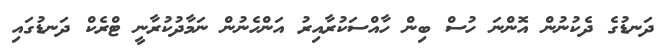
ދަނޑުގެ ދެކުނުން އޮންނަ ހުސް ބިން ހާއްސަކުރާއިރު އަންހެނުން ނަމާދުކުރާނީ ޓްރެކް ދަނޑުގައި